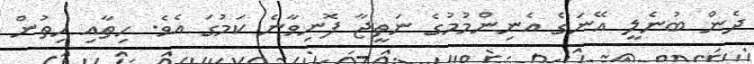
ދެން ބުނެލީ އޭނަގެ އެނިންމުމުގެ ނަތީޖާ ފޮނިވާނެ ކަމުގަ އެވެ. ހިތާއި ހިތުން